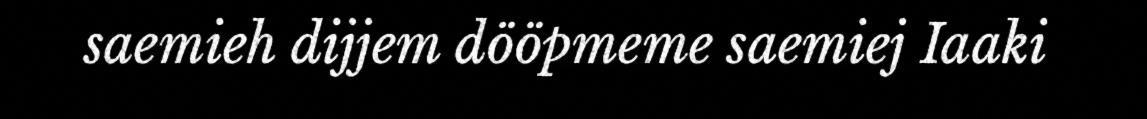
saemieh dijjem dööpmeme saemiej Iaaki